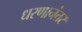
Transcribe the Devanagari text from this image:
धरणानंतर